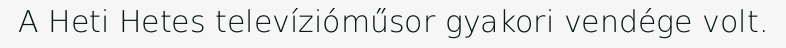
A Heti Hetes televízióműsor gyakori vendége volt.